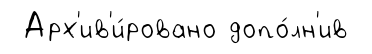
Арх'ив'и́ровано допо́лн'ив